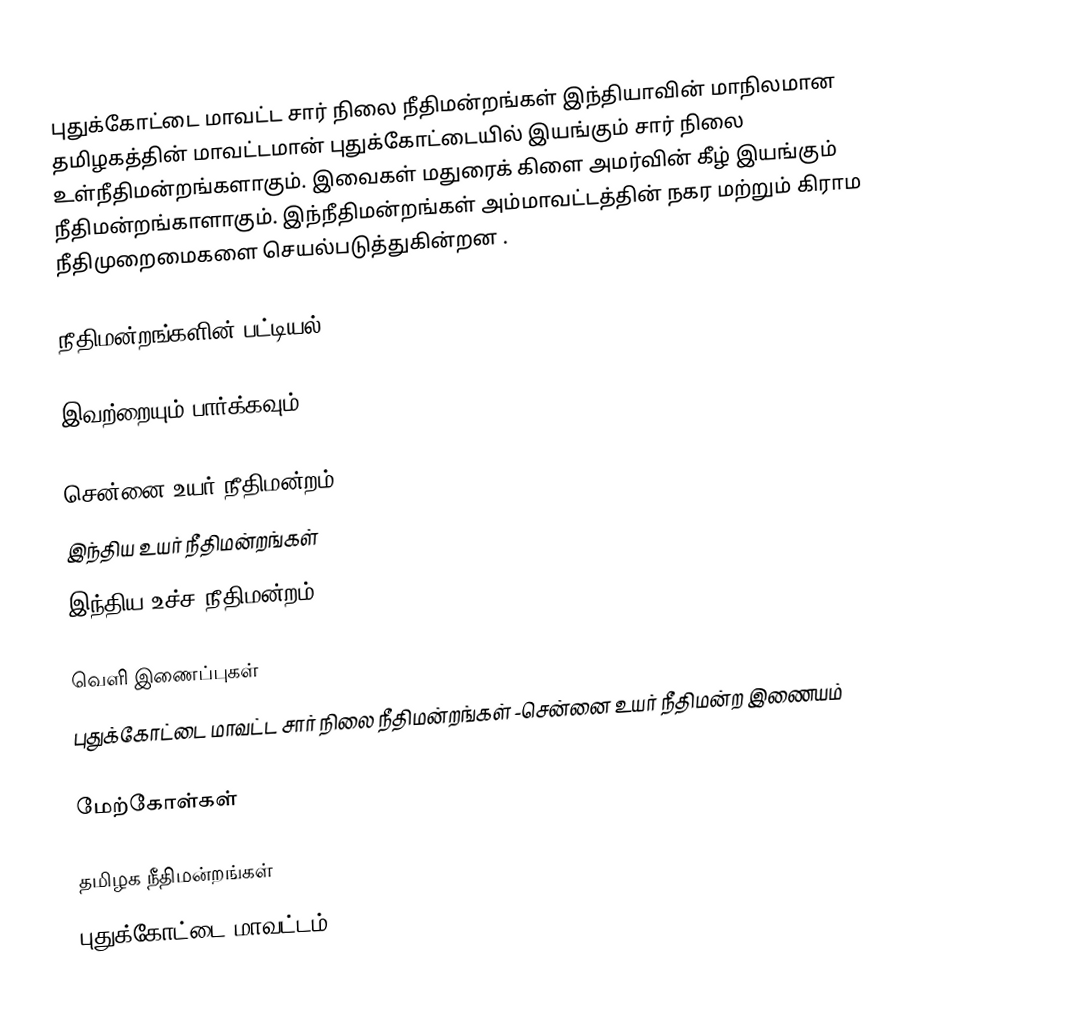
புதுக்கோட்டை மாவட்ட சார் நிலை நீதிமன்றங்கள் இந்தியாவின் மாநிலமான தமிழகத்தின் மாவட்டமான் புதுக்கோட்டையில் இயங்கும் சார் நிலை உள்நீதிமன்றங்களாகும். இவைகள் மதுரைக் கிளை அமர்வின் கீழ் இயங்கும் நீதிமன்றங்காளாகும். இந்நீதிமன்றங்கள் அம்மாவட்டத்தின் நகர மற்றும் கிராம நீதிமுறைமைகளை செயல்படுத்துகின்றன .

நீதிமன்றங்களின் பட்டியல்

இவற்றையும் பார்க்கவும்

சென்னை உயர் நீதிமன்றம்
இந்திய உயர் நீதிமன்றங்கள்
இந்திய உச்ச நீதிமன்றம்

வெளி இணைப்புகள்
புதுக்கோட்டை மாவட்ட சார் நிலை நீதிமன்றங்கள் -சென்னை உயர் நீதிமன்ற இணையம்

மேற்கோள்கள்

தமிழக நீதிமன்றங்கள்
புதுக்கோட்டை மாவட்டம்